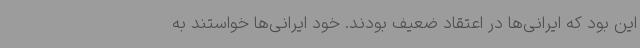
این بود که ایرانی‌ها در اعتقاد ضعیف بودند. خود ایرانی‌ها خواستند به